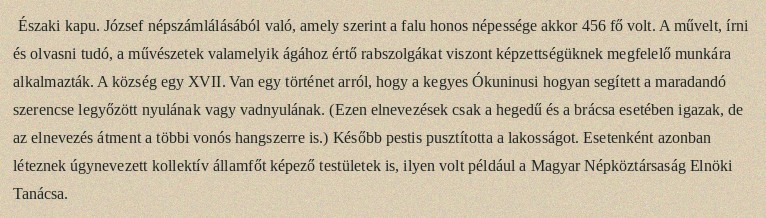
Északi kapu. József népszámlálásából való, amely szerint a falu honos népessége akkor 456 fő volt. A művelt, írni és olvasni tudó, a művészetek valamelyik ágához értő rabszolgákat viszont képzettségüknek megfelelő munkára alkalmazták. A község egy XVII. Van egy történet arról, hogy a kegyes Ókuninusi hogyan segített a maradandó szerencse legyőzött nyulának vagy vadnyulának. (Ezen elnevezések csak a hegedű és a brácsa esetében igazak, de az elnevezés átment a többi vonós hangszerre is.) Később pestis pusztította a lakosságot. Esetenként azonban léteznek úgynevezett kollektív államfőt képező testületek is, ilyen volt például a Magyar Népköztársaság Elnöki Tanácsa.